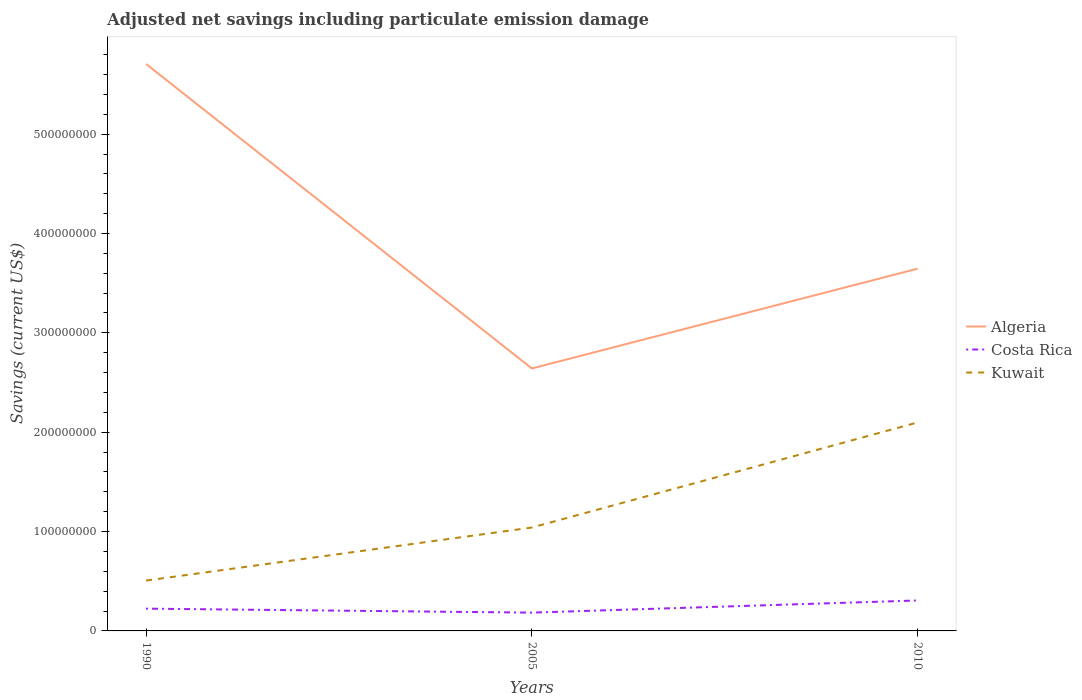
| Years | Algeria | Costa Rica | Kuwait |
 | --- | --- | --- | --- |
 | 1990 | 5.71e+08 | 2.24e+07 | 5.07e+07 |
 | 2005 | 2.64e+08 | 1.84e+07 | 1.04e+08 |
 | 2010 | 3.65e+08 | 3.07e+07 | 2.1e+08 |